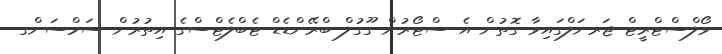
ވޯލްސްޓްރީޓް ޖަރނަލްގައިވާ ގޮތުން އެ ސްޓޯރުން ގޫގުލް ބްރޭންޑެޑް ޓެބްލެޓްސްގެ އިތުރުން ސަމްސަންގ